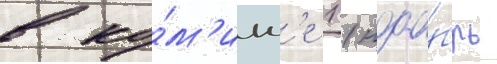
в ко́м'икс'е 1 (ноа́брь